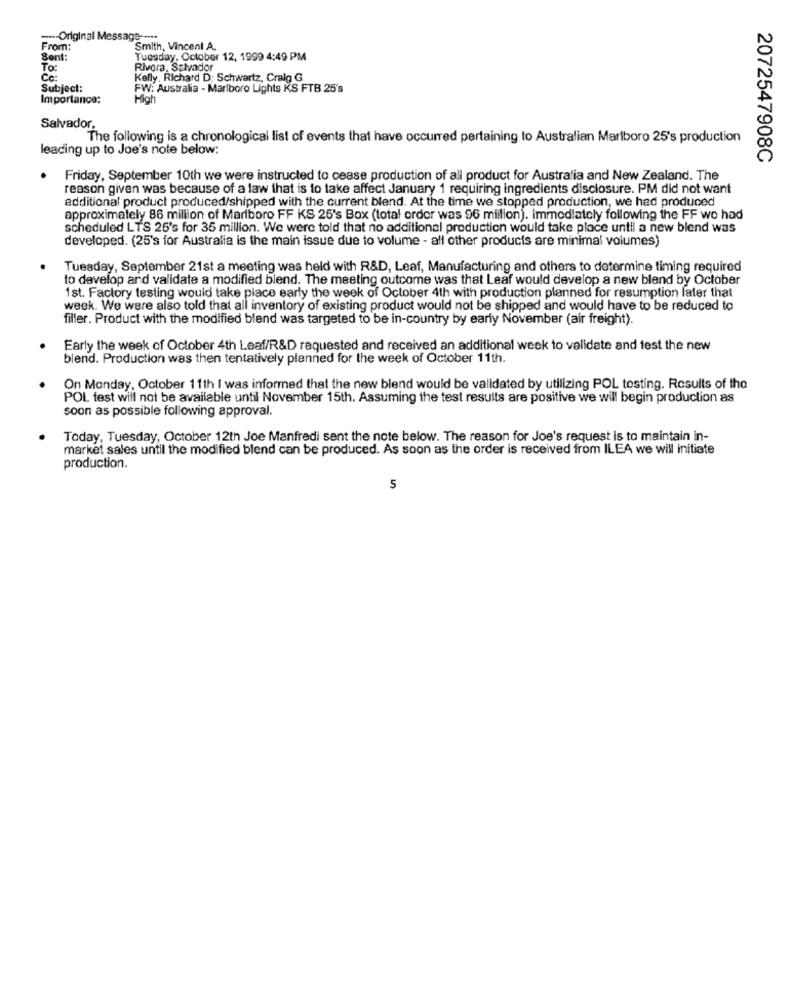
--- Original Message --***
From:
Smith, Vincent A.
Sont:
Tuesday, October 12, 1999 4:49 PM
To:
Rivera, Salvador
Cc:
Kelly, Richard D; Schwartz, Cralg G
Subject:
FW: Australia - Marlboro Lights KS FTB 25's
Importance:
Hich
Salvador,
The following is a chronological list of events that have occurred pertaining to Australian Marlboro 25's production
leading up to Joe's note below:
2072547908C
Friday, September 10th we were instructed to cease production of all product for Australia and New Zealand. The
reason given was because of a law that is to take affect January 1 requiring ingredients disclosure. PM did not want
additional product produced/shipped with the current blend. At the time we stopped production, we had produced
approximately 86 million of Marlboro FF KS 25's Box (total order was 96 million). immediately following the FF we had
scheduled LTS 25's for 35 million. We were told that no additional production would take place until a new blend was
developed. (25's for Australia is the main issue due to volume - all other products are minimal volumes)
Tuesday, September 21st a meeting was held with R&D, Leaf, Manufacturing and others to determine timing required
to develop and validate a modified blend. The meeting outcome was that Leaf would develop a new blend by October
1st. Factory testing would take place early the week of October 4th with production planned for resumption later that
week. We were also told that all inventory of existing product would not be shipped and would have to be reduced to
filler. Product with the modified blend was targeted to be in-country by early November (air freight).
Early the week of October 4th Leaf/R&D requested and received an additional week to validate and test the new
blend. Production was then tentatively planned for the week of October 11th.
On Monday, October 11th I was informed that the new blend would be validated by utilizing POL testing. Results of the
POL test will not be available until November 15th. Assuming the test results are positive we will begin production as
soon as possible following approval.
Today, Tuesday, October 12th Joe Manfredi sent the note below. The reason for Joe's request is to maintain in-
market sales until the modified blend can be produced. As soon as the order is received from ILEA we will initiate
production.
5